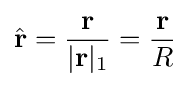
{\hat {\mathbf {r} }}={\frac {\mathbf {r} }{|\mathbf {r} |_{1}}}={\frac {\mathbf {r} }{R}}